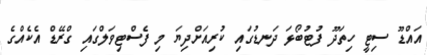
އައްޑޫ ސިޓީ ހިތަދޫ ފުޓުބޯޅަ ދަނޑުގައި ކުރިއަށްދިޔަ މި ފެސްޓިވަލްގައި ގްރޭޑް އެކެއްގެ